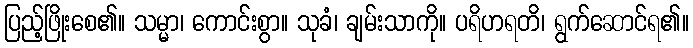
ပြည့်ဖြိုးစေ၏။ သမ္မာ၊ ကောင်းစွာ။ သုခံ၊ ချမ်းသာကို။ ပရိဟရတိ၊ ရွက်ဆောင်ရ၏။